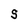
Character: S